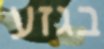
בגזע